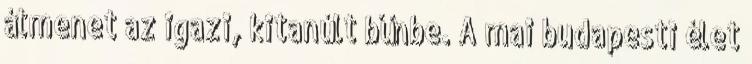
átmenet az igazi, kitanúlt bűnbe. A mai budapesti élet